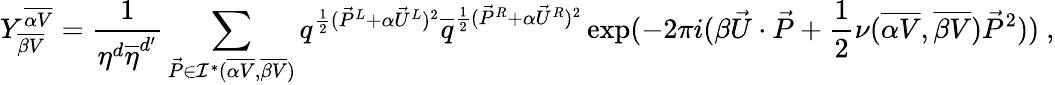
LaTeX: Y_{\overline{{{\beta V}}}}^{\overline{{{\alpha V}}}}={\frac{1}{\eta^{d}{\overline{{\eta}}}^{d^{\prime}}}}\sum_{{\vec{P}}\in{\cal I}^{*}({\overline{{{\alpha V}}}},{\overline{{{\beta V}}}})}q^{{\frac{1}{2}}({\vec{P}}^{L}+\alpha{\vec{U}}^{L})^{2}}{\overline{{q}}}^{{\frac{1}{2}}({\vec{P}}^{R}+\alpha{\vec{U}}^{R})^{2}}\exp(-2\pi i(\beta{\vec{U}}\cdot{\vec{P}}+{\frac{1}{2}}\nu({\overline{{{\alpha V}}}},{\overline{{{\beta V}}}}){\vec{P}}^{2}))~,